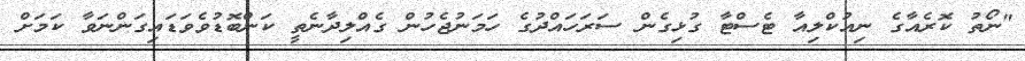
"ނޯތު ކޮރެއާގެ ނިއުކްލިއާ ޓެސްޓާ ގުޅިގެން ސަރަހައްދުގެ ހަމަނުޖެހުން ގެއްލިދާނެތީ ކަންބޮޑުވެވަޑައިގަންނަވާ ކަމަށް